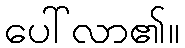
ပေါ်လာ၏။